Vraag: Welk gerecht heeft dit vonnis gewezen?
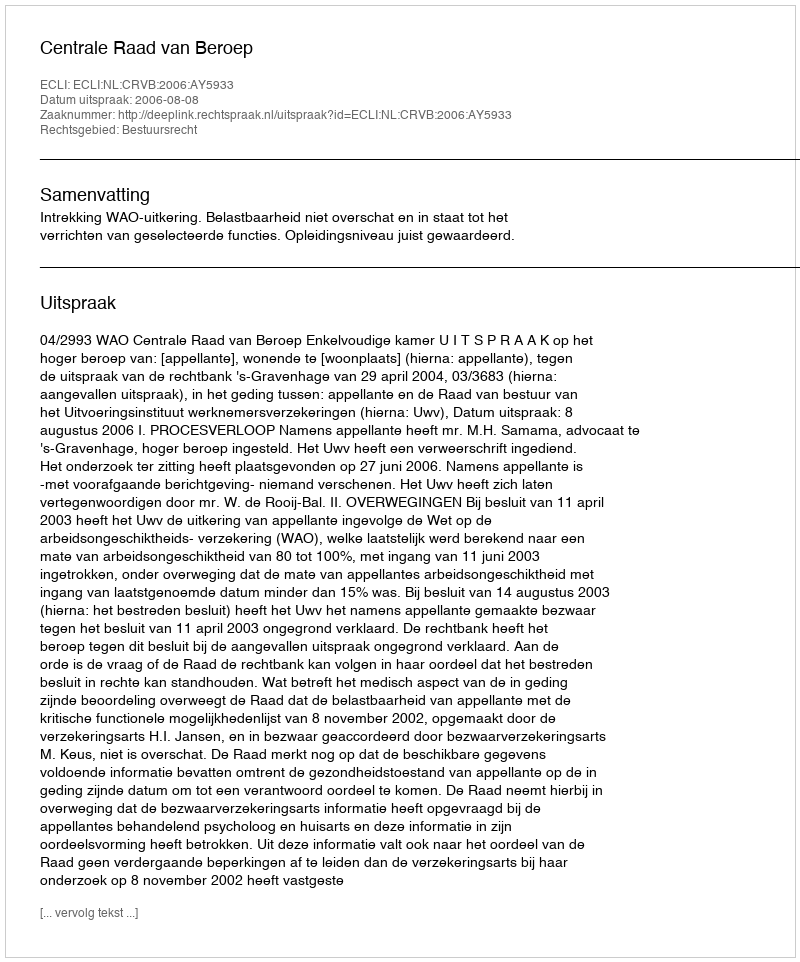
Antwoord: Centrale Raad van Beroep